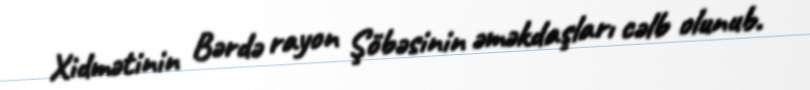
Xidmətinin Bərdə rayon Şöbəsinin əməkdaşları cəlb olunub.